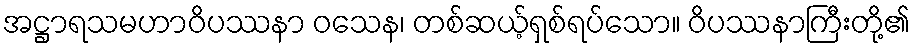
အဋ္ဌာရသမဟာဝိပဿနာ ဝသေန၊ တစ်ဆယ့်ရှစ်ရပ်သော။ ဝိပဿနာကြီးတို့၏